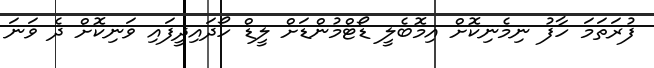
ފުރަތަމަ ހާފު ނިމެނިކޮށް އިމޮބެލީ ޑޯޓްމުންޑަށް ލީޑް ހޯދައިދީފައި ވަނިކޮށް ދެ ވަނަ